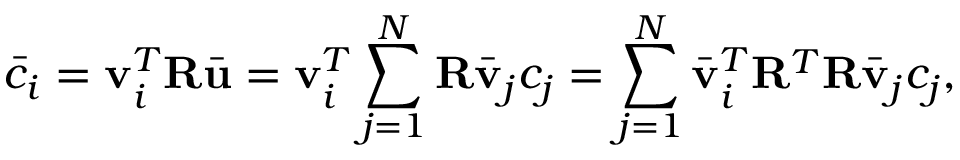
\bar { c } _ { i } = \mathbf { v } _ { i } ^ { T } \mathbf { R } \bar { \mathbf { u } } = \mathbf { v } _ { i } ^ { T } \sum _ { j = 1 } ^ { N } \mathbf { R } \bar { \mathbf { v } } _ { j } c _ { j } = \sum _ { j = 1 } ^ { N } \bar { \mathbf { v } } _ { i } ^ { T } \mathbf { R } ^ { T } \mathbf { R } \bar { \mathbf { v } } _ { j } c _ { j } ,